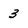
Character: 3